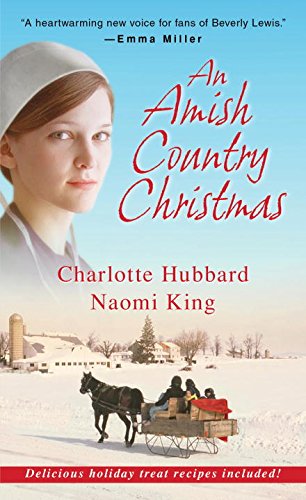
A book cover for An An Amish Country Christmas; Charlotte Hubbard; Romance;